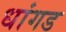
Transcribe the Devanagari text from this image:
धांगड